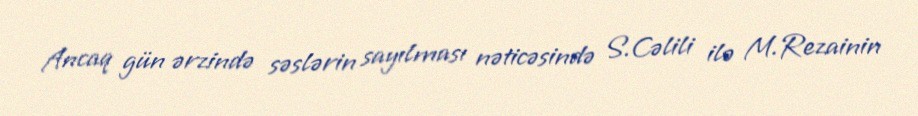
Ancaq gün ərzində səslərin sayılması nəticəsində S.Cəlili ilə M.Rezainin